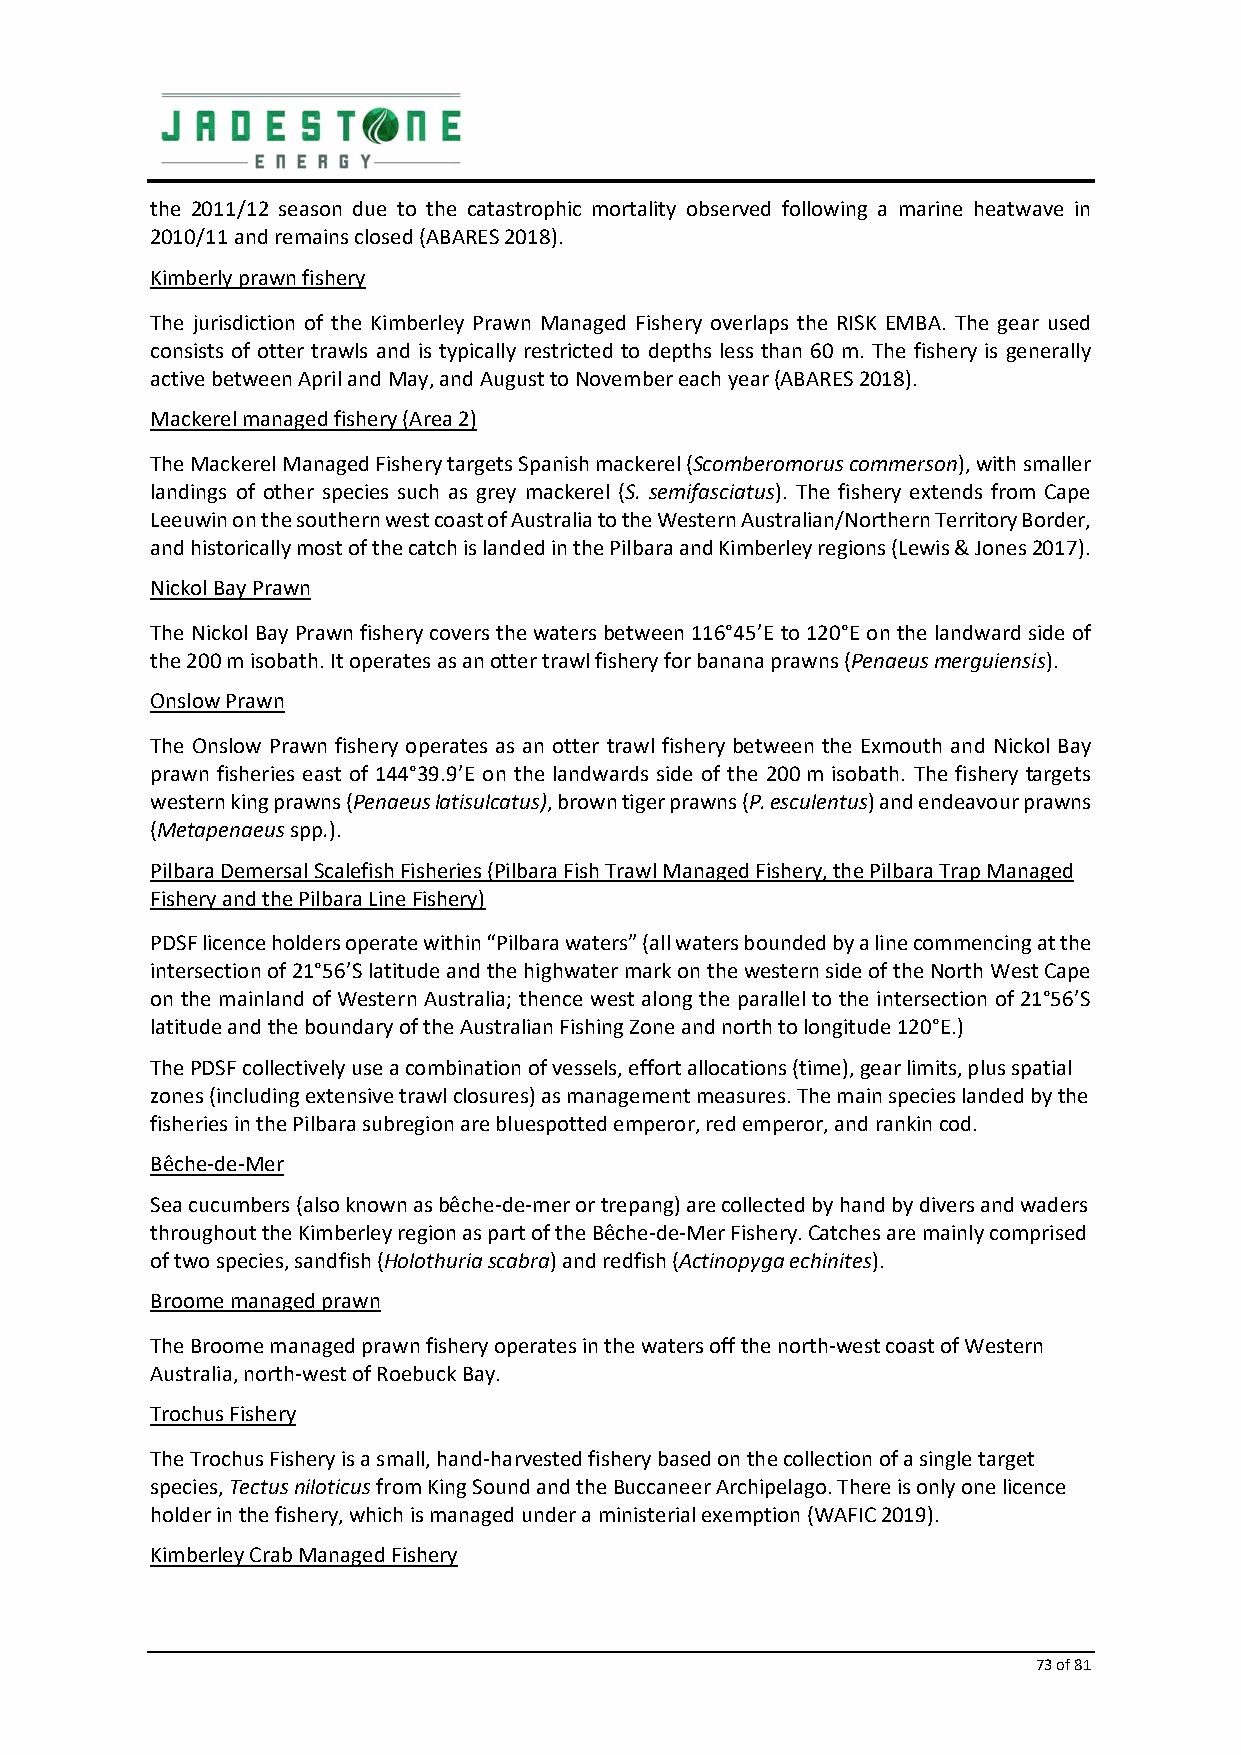
the 2011/12 season due to the catastrophic mortality observed following a marine heatwave in
 2010/11 and remains closed (ABARES 2018).
 Kimberly prawn fishery
 The jurisdiction of the Kimberley Prawn Managed Fishery overlaps the RISK EMBA. The gear used
 consists of otter trawls and is typically restricted to depths less than 60 m. The fishery is generally
 active between April and May, and August to November each year (ABARES 2018).
 Mackerel managed fishery (Area 2)
 The Mackerel Managed Fishery targets Spanish mackerel (Scomberomorus commerson), with smaller
 landings of other species such as grey mackerel (S. semifasciatus). The fishery extends from Cape
 Leeuwin on the southern west coast of Australia to the Western Australian/Northern Territory Border,
 and historically most of the catch is landed in the Pilbara and Kimberley regions (Lewis & Jones 2017).
 Nickol Bay Prawn
 The Nickol Bay Prawn fishery covers the waters between 116°45’E to 120°E on the landward side of
 the 200 m isobath. It operates as an otter trawl fishery for banana prawns (Penaeus merguiensis).
 Onslow Prawn
 The Onslow Prawn fishery operates as an otter trawl fishery between the Exmouth and Nickol Bay
 prawn fisheries east of 144°39.9’E on the landwards side of the 200 m isobath. The fishery targets
 western king prawns (Penaeus latisulcatus), brown tiger prawns (P. esculentus) and endeavour prawns
 (Metapenaeus spp.).
 Pilbara Demersal Scalefish Fisheries (Pilbara Fish Trawl Managed Fishery, the Pilbara Trap Managed
 Fishery and the Pilbara Line Fishery)
 PDSF licence holders operate within “Pilbara waters” (all waters bounded by a line commencing at the
 intersection of 21°56’S latitude and the highwater mark on the western side of the North West Cape
 on the mainland of Western Australia; thence west along the parallel to the intersection of 21°56’S
 latitude and the boundary of the Australian Fishing Zone and north to longitude 120°E.)
 The PDSF collectively use a combination of vessels, effort allocations (time), gear limits, plus spatial
 zones (including extensive trawl closures) as management measures. The main species landed by the
 fisheries in the Pilbara subregion are bluespotted emperor, red emperor, and rankin cod.
 Bêche‐de‐Mer
 Sea cucumbers (also known as bêche‐de‐mer or trepang) are collected by hand by divers and waders
 throughout the Kimberley region as part of the Bêche‐de‐Mer Fishery. Catches are mainly comprised
 of two species, sandfish (Holothuria scabra) and redfish (Actinopyga echinites).
 Broome managed prawn
 The Broome managed prawn fishery operates in the waters off the north‐west coast of Western
 Australia, north‐west of Roebuck Bay.
 Trochus Fishery
 The Trochus Fishery is a small, hand‐harvested fishery based on the collection of a single target
 species, Tectus niloticus from King Sound and the Buccaneer Archipelago. There is only one licence
 holder in the fishery, which is managed under a ministerial exemption (WAFIC 2019).
 Kimberley Crab Managed Fishery
 73 of 81